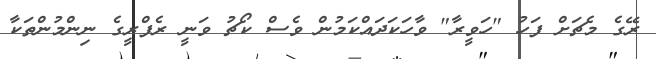
ރޭގެ މެޗަށް ފަހު "ހަވީރާ" ވާހަކަދައްކަމުން ވެސް ކޯޗު ވަނީ ރެފްރީގެ ނިންމުންތަކާ